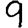
Digit: 9